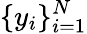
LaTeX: \{ y_{i}\} _{i=1}^{N}